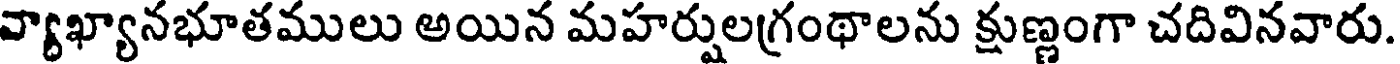
వ్యాఖ్యానభూతములు అయిన మహర్షులగ్రంథాలను క్షుణ్ణంగా చదివినవారు.